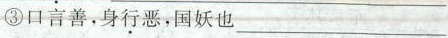
③口言善，身\underset{·}{行}恶，国妖也____